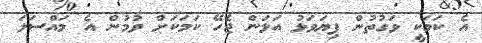
އެ ކަމަކީ ވަގުތުން ފިޔަވަޅު އަޅަން ޖެހޭ ކަމަކަށް ވުމުން އެ މައްސަލަ